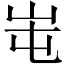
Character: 𡶁